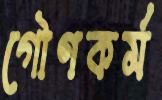
গৌণকর্ম